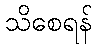
သိစေရန်